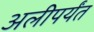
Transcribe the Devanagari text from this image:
अलीपर्यंत